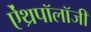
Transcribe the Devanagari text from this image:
ऐंथ्रपॉलॉजी